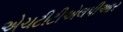
એચટીટીએલપીઆર